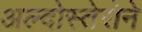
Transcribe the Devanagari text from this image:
अल्दोस्तेरोने